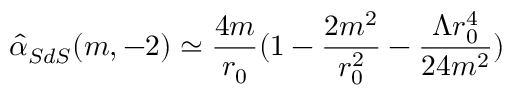
{ \hat { \alpha } _ { S d S } } ( m , - 2 ) \simeq \frac { 4 m } { r _ { 0 } } ( 1 - \frac { 2 m ^ { 2 } } { r _ { 0 } ^ { 2 } } - \frac { \Lambda r _ { 0 } ^ { 4 } } { 2 4 m ^ { 2 } } )